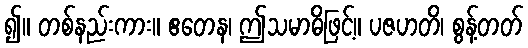
၍။ တစ်နည်းကား။ ဧတေန၊ ဤသမာဓိဖြင့်။ ပဇဟတိ၊ စွန့်တတ်